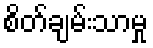
စိတ်ချမ်းသာမှု